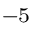
^ { - 5 }